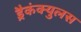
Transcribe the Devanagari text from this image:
ड्रैकंक्युलस